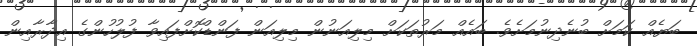
ބަޔެއް ކަމަށް ބުނެދިނުމަށެވެ. ބައެއް މަރުތަކަށް މިލިއަނުން މިލިއަން ފަންޑްކޮށްފައިވާ ފުލުހުންގެ އިދާރާއިން